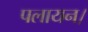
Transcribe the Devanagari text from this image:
पलायन।